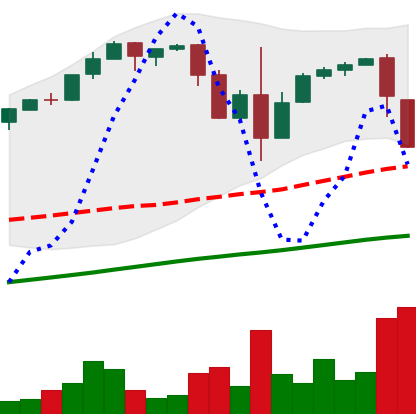
Ticker: BTC-USD
Chart end date: 2017-03-17
Forward return: -4.644%
Label: down_3_5